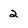
Character: 2